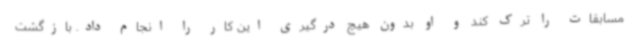
مسابقات را ترک کند و او بدون هیچ درگیری این کار را انجام داد. بازگشت